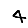
Digit: 4